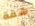
شقة